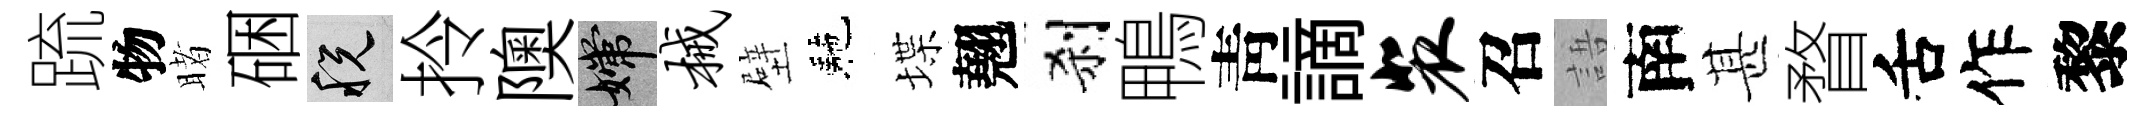
䟽物睹硱税拎隩嫦械壁駰堞翹刹鴨靑謫裴召語南甚瞀舌作黎